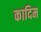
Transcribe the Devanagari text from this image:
कादिम